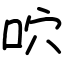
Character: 𠱇